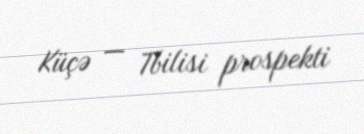
Küçə — Tbilisi prospekti